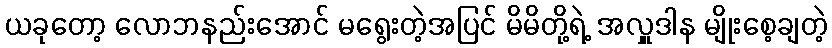
ယခုတော့ လောဘနည်းအောင် မရွေးတဲ့အပြင် မိမိတို့ရဲ့ အလှူဒါန မျိုးစေ့ချတဲ့